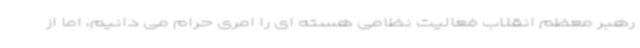
رهبر معظم انقلاب فعالیت نظامی هسته ای را امری حرام می دانیم، اما از